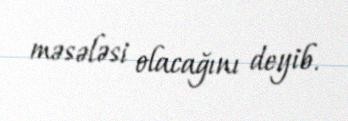
məsələsi olacağını deyib.